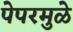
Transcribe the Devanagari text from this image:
पेपरमुळे